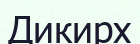
Дикирх